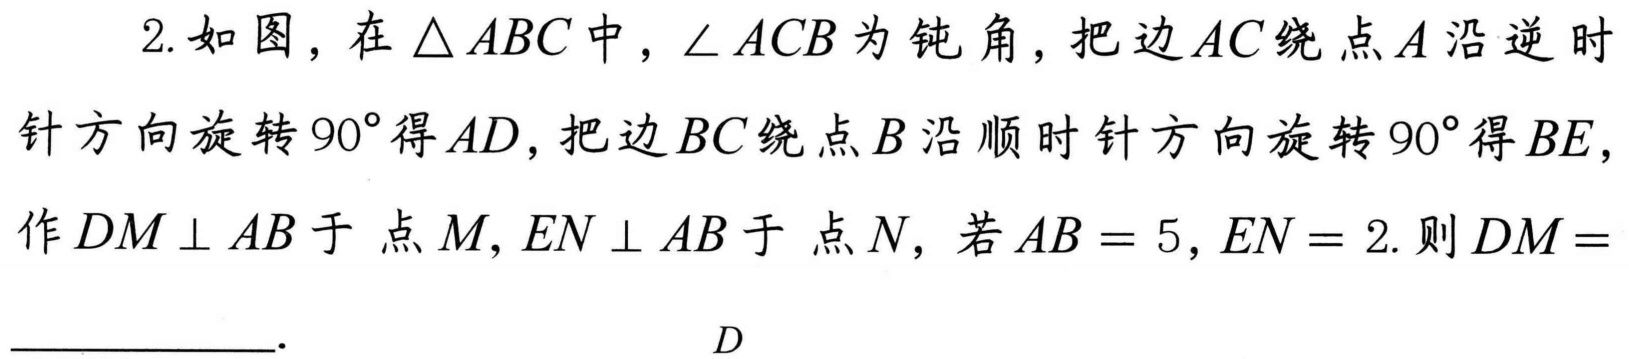
2.如图，在\(\triangle ABC\)中，\(\angle ACB\)为钝角，把边\(AC\)绕点\(A\)沿逆时针方向旋转\(90^{\circ}\)得\(AD\)，把边\(BC\)绕点\(B\)沿顺时针方向旋转\(90^{\circ}\)得\(BE\)，作\(DM\perp AB\)于点\(M\)，\(EN\perp AB\)于点\(N\)，若\(AB = 5\)，\(EN = 2\).则\(DM=\underline{\qquad\qquad}\).  \(D\)